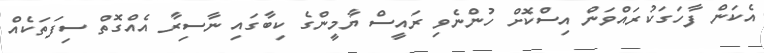
އެކަން ފާހަގަކުރައްވަން އިސްކޮށް ހުންނެވި ރައީސް ޔާމީންގެ ކިބާގައި ނާސިރާ އެއްގޮތް ސިފަތަކެއް